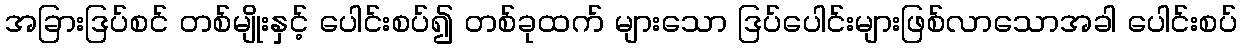
အခြားဒြပ်စင် တစ်မျိုးနှင့် ပေါင်းစပ်၍ တစ်ခုထက် များသော ဒြပ်ပေါင်းများဖြစ်လာသောအခါ ပေါင်းစပ်